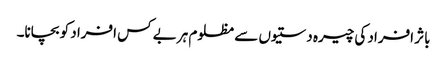
باثر افراد کی چیرہ دستیوں سے مظلوم ہر بے کس افراد کو بچانا۔